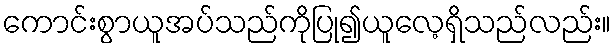
ကောင်းစွာယူအပ်သည်ကိုပြု၍ယူလေ့ရှိသည်လည်း။